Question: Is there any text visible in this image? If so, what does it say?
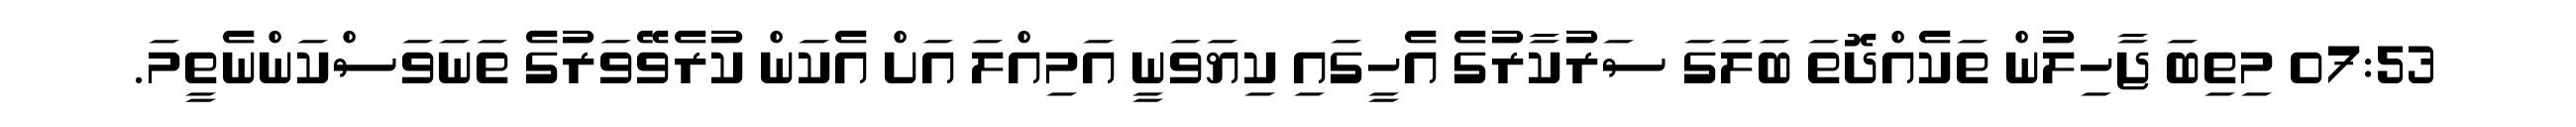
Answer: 07:53 މިތިބަ ޖާހިލުން ތަކެއްދޮތަ ބަލަގަ ސަރުކާރުގެ އެހީގައި ކިޔަވަނީ އަމިއްލަ އަށް އެކަން ކުރެވޭވަރުގެ ތަނަވަސްކަންނެތީމަ.